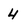
Character: 4